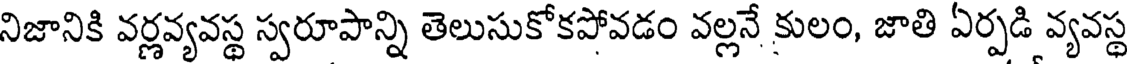
నిజానికి వర్ణవ్యవస్థ స్వరూపాన్ని తెలుసుకోకపోవడం వల్లనే కులం, జాతి ఏర్పడి వ్యవస్థ